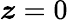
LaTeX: \boldsymbol z=0